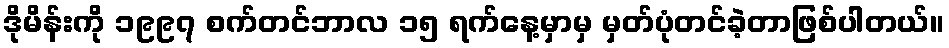
ဒိုမိန်းကို ၁၉၉၇ စက်တင်ဘာလ ၁၅ ရက်နေ့မှာမှ မှတ်ပုံတင်ခဲ့တာဖြစ်ပါတယ်။